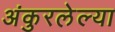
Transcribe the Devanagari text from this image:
अंकुरलेल्या